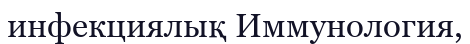
инфекциялық Иммунология,